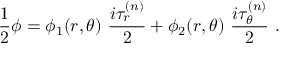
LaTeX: \frac { 1 } { 2 } \phi = \phi _ { 1 } ( r , \theta ) \ \frac { i \tau _ { r } ^ { ( n ) } } { 2 } + \phi _ { 2 } ( r , \theta ) \ \frac { i \tau _ { \theta } ^ { ( n ) } } { 2 } \ .